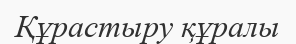
Құрастыру құралы